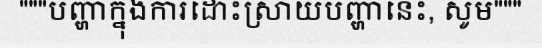
"""បញ្ហាក្នុងការដោះស្រាយបញ្ហានេះ, សូម"""